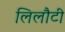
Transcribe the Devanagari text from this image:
लिलौटी